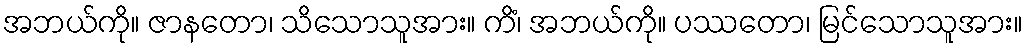
အဘယ်ကို။ ဇာနတော၊ သိသောသူအား။ ကိံ၊ အဘယ်ကို။ ပဿတော၊ မြင်သောသူအား။